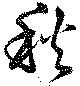
秋